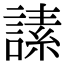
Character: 䛾